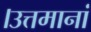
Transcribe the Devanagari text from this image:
।उत्तमानां